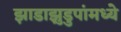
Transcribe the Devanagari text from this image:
झाडाझुडुपांमध्ये